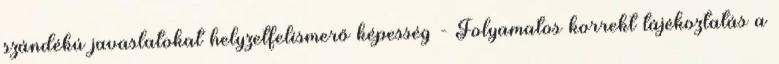
szándékú javaslatokat helyzetfelismerő képesség - Folyamatos korrekt tájékoztatás a